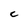
Character: C